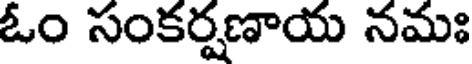
ఓం సంకర్షణాయ నమః